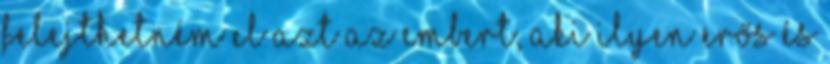
felejthetném el azt az embert, aki ilyen erős és